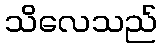
သိလေသည်